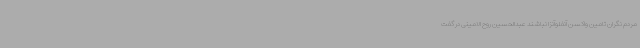
مردم نگران تامین واکسن آنفلوآنزا نباشند عبدالحسین روح الامینی در گفت